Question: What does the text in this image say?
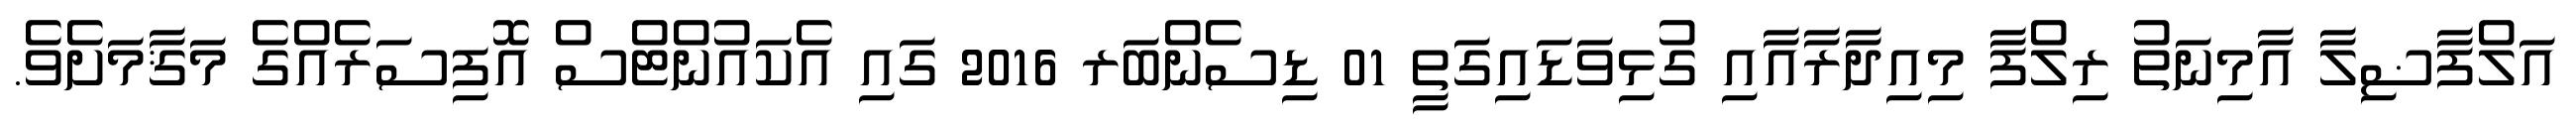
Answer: އަލްފާޟިލާ އާމިނަތު ރިލްފާ މިއިދާރާއާއި ގުޅިވަޑައިގަތީ 01 ޑިސެންބަރ 2016 ގައި އެކައުންޓްސް އޮފިސަރެއްގެ މަޤާމަށެވެ.